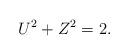
LaTeX: \begin{align*}U^{2}+Z^{2}=2. \end{align*}